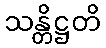
သန္တိဋ္ဌတိ